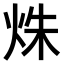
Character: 𤈐